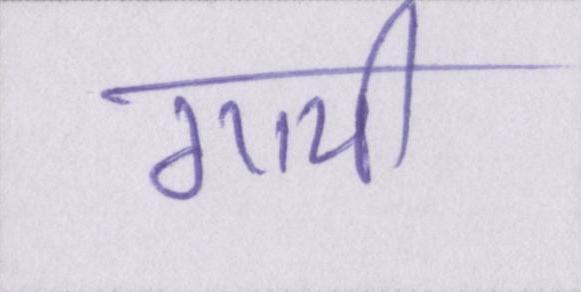
गायी